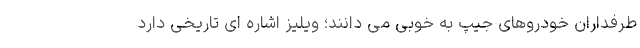
طرفداران خودروهای جیپ به خوبی می دانند؛ ویلیز اشاره ای تاریخی دارد